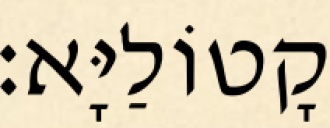
קָטוֹלַיָּא׃